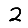
Digit: 2